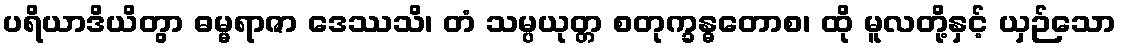
ပရိယာဒိယိတွာ ဓမ္မရာဇာ ဒေဿသိ၊ တံ သမ္ပယုတ္တ စတုက္ခန္ဓတောစ၊ ထို မူလတို့နှင့် ယှဉ်သော